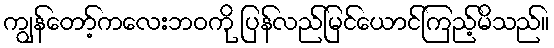
ကျွန်တော့်ကလေးဘဝကို ပြန်လည်မြင်ယောင်ကြည့်မိသည်။